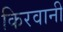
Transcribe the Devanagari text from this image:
किरवानी